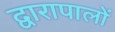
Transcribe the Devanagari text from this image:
द्वारापालों